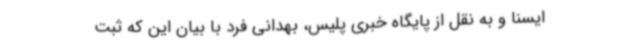
ایسنا و به نقل از پایگاه خبری پلیس، بهدانی فرد با بیان این که ثبت